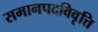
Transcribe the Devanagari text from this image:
समानपदविवृत्ति